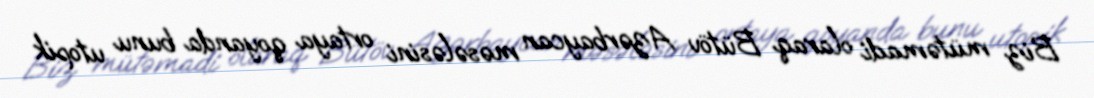
Biz mütəmadi olaraq Bütöv Azərbaycan məsələsini ortaya qoyanda bunu utopik